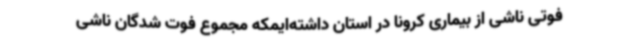
فوتی ناشی از بیماری کرونا در استان داشته‌ایمکه مجموع فوت شدگان ناشی